King Institute of Preventive Medicine Bacteriolog. Section reports 1907-08
Year: 1907
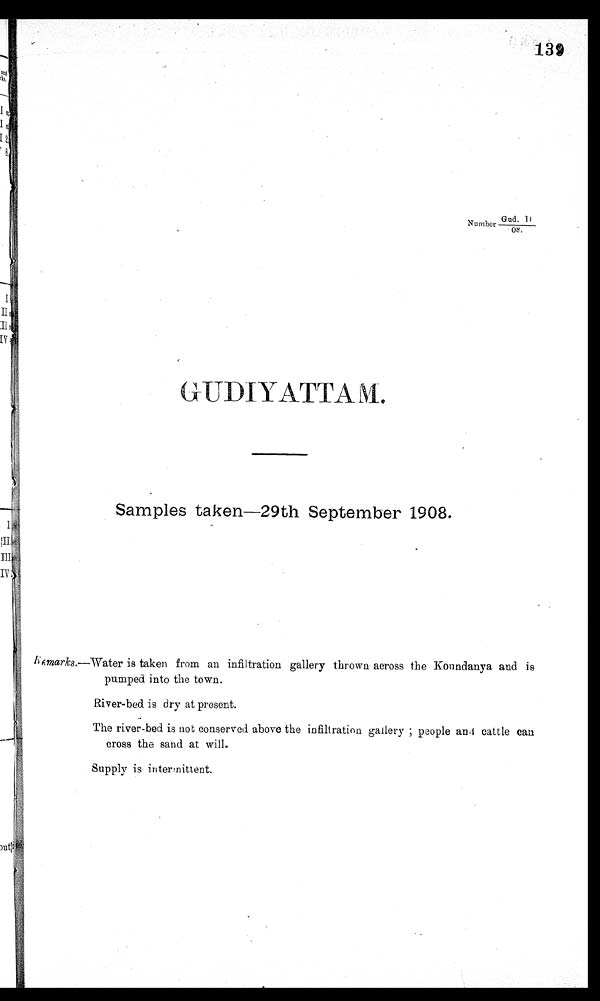
X39
Number
Gud. I I
08.
GUDIYATTAM.
Samples taken—29th September 1908.
Remarks.—Water is taken from an infiltration gallery thrown across the Koundanya and is
pumped into the town.
River-bed is dry at present.
The river-bed is not conserved above the infiltration gallery ; people anti cattle can
cross the sand at will.
Supply is intermittent.